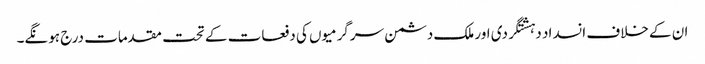
ان کے خلاف انسداد دہشتگردی اور ملک دشمن سرگرمیوں کی دفعات کے تحت مقدمات درج ہونگے۔